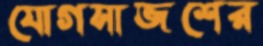
যোগসাজশের